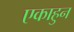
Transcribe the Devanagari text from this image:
एकाहुन